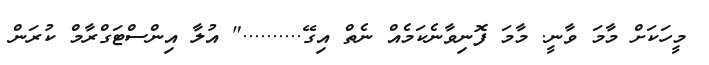
މީހަކަށް މާމަ ވާނީ. މާމަ ފޮނިވާނެކަމެއް ނެތް އިގޭ.........." އުލާ އިންސްޓަގްރާމް ކުރަން